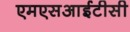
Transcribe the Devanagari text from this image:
एमएसआईटीसी